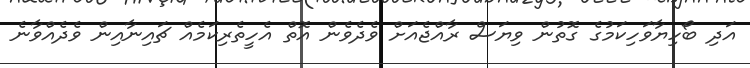
އަދި ބޯހިޔާވަހިކަމުގެ ގޮތުން ވިޔަސް ރާއްޖެއަށް ވެދެވެން އޮތް އެހީތެރިކަމެއް ޗައިނާއިން ވެދެއްވާނެ